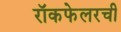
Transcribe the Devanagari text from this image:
रॉकफेलरची